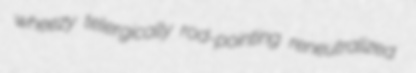
wheezy telergically rod-pointing reneutralized